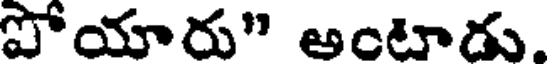
పోయారు" అంటాడు.